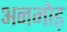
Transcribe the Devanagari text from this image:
अनमोड़